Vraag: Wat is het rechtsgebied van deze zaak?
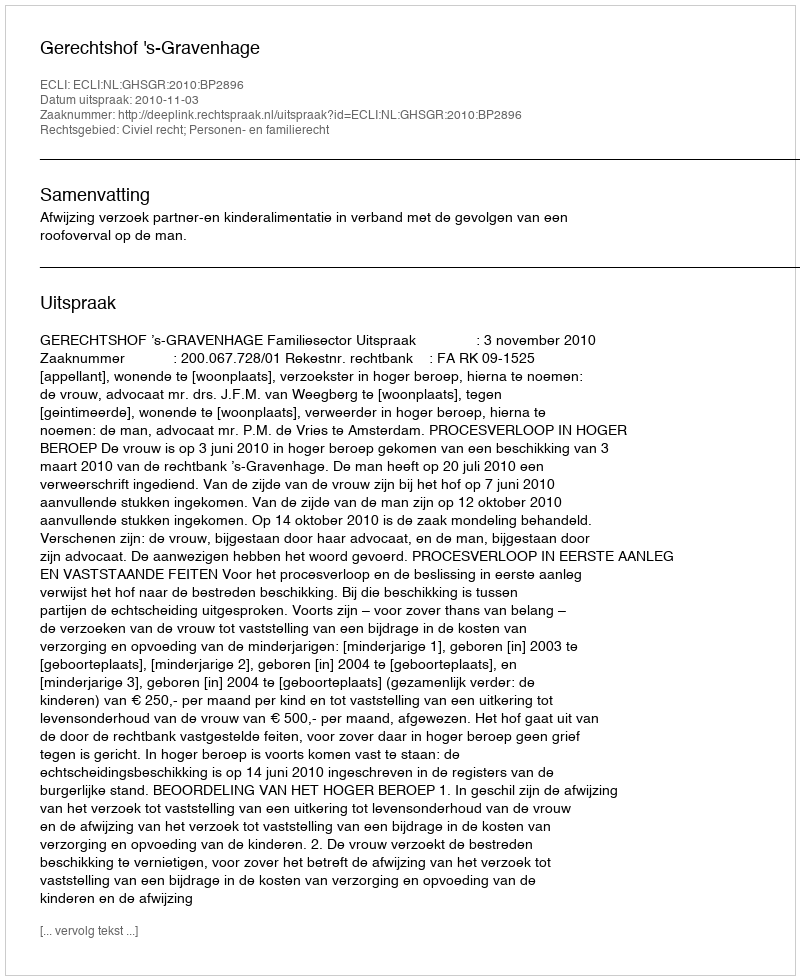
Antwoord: Civiel recht; Personen- en familierecht